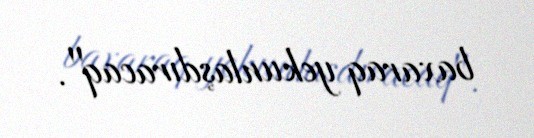
baxaraq yekunlaşdıracaq".